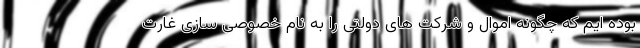
بوده ایم که چگونه اموال و شرکت های دولتی را به نام خصوصی سازی غارت